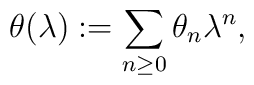
\theta(\lambda):=\sum_{n\geq 0}\theta_n\lambda^n,